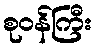
စုဝန်ကြီး